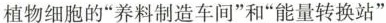
植物细胞的”养料制造车间”和”能量转换站”